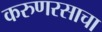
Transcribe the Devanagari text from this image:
करुणरसाचा